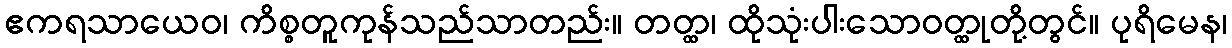
ဧကရသာယေဝ၊ ကိစ္စတူကုန်သည်သာတည်း။ တတ္ထ၊ ထိုသုံးပါးသောဝတ္ထုတို့တွင်။ ပုရိမေန၊